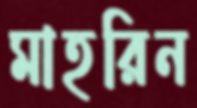
মাহরিন